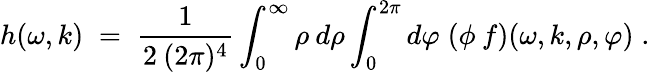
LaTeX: h(\omega,k)\; =\; \frac{1}{2\: (2\pi)^{4}}\int_{0}^{\infty}\rho\: d\rho\int_{0}^{2\pi}d\varphi\; (\phi\: f)(\omega,k,\rho,\varphi)\; .